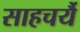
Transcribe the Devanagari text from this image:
साहचर्यै